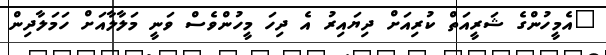
"އެމީހުންގެ ޝަރީއަތް ކުރިއަށް ދިޔައިރު އެ ދިހަ މީހުންވެސް ވަނީ މަލާލާއަށް ހަމަލާދިން